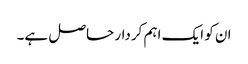
ان کو ایک اہم کردار حاصل ہے۔